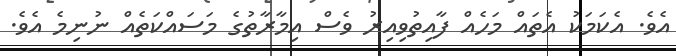
އެވެ. އެކަމަކު އެތައް މަހެއް ފާއިތުވިއިރު ވެސް އިމާރާތުގެ މަސައްކަތެއް ނުނިމެ އެވެ.